Jaan_Tonisson_(Lasteleht), lk 307
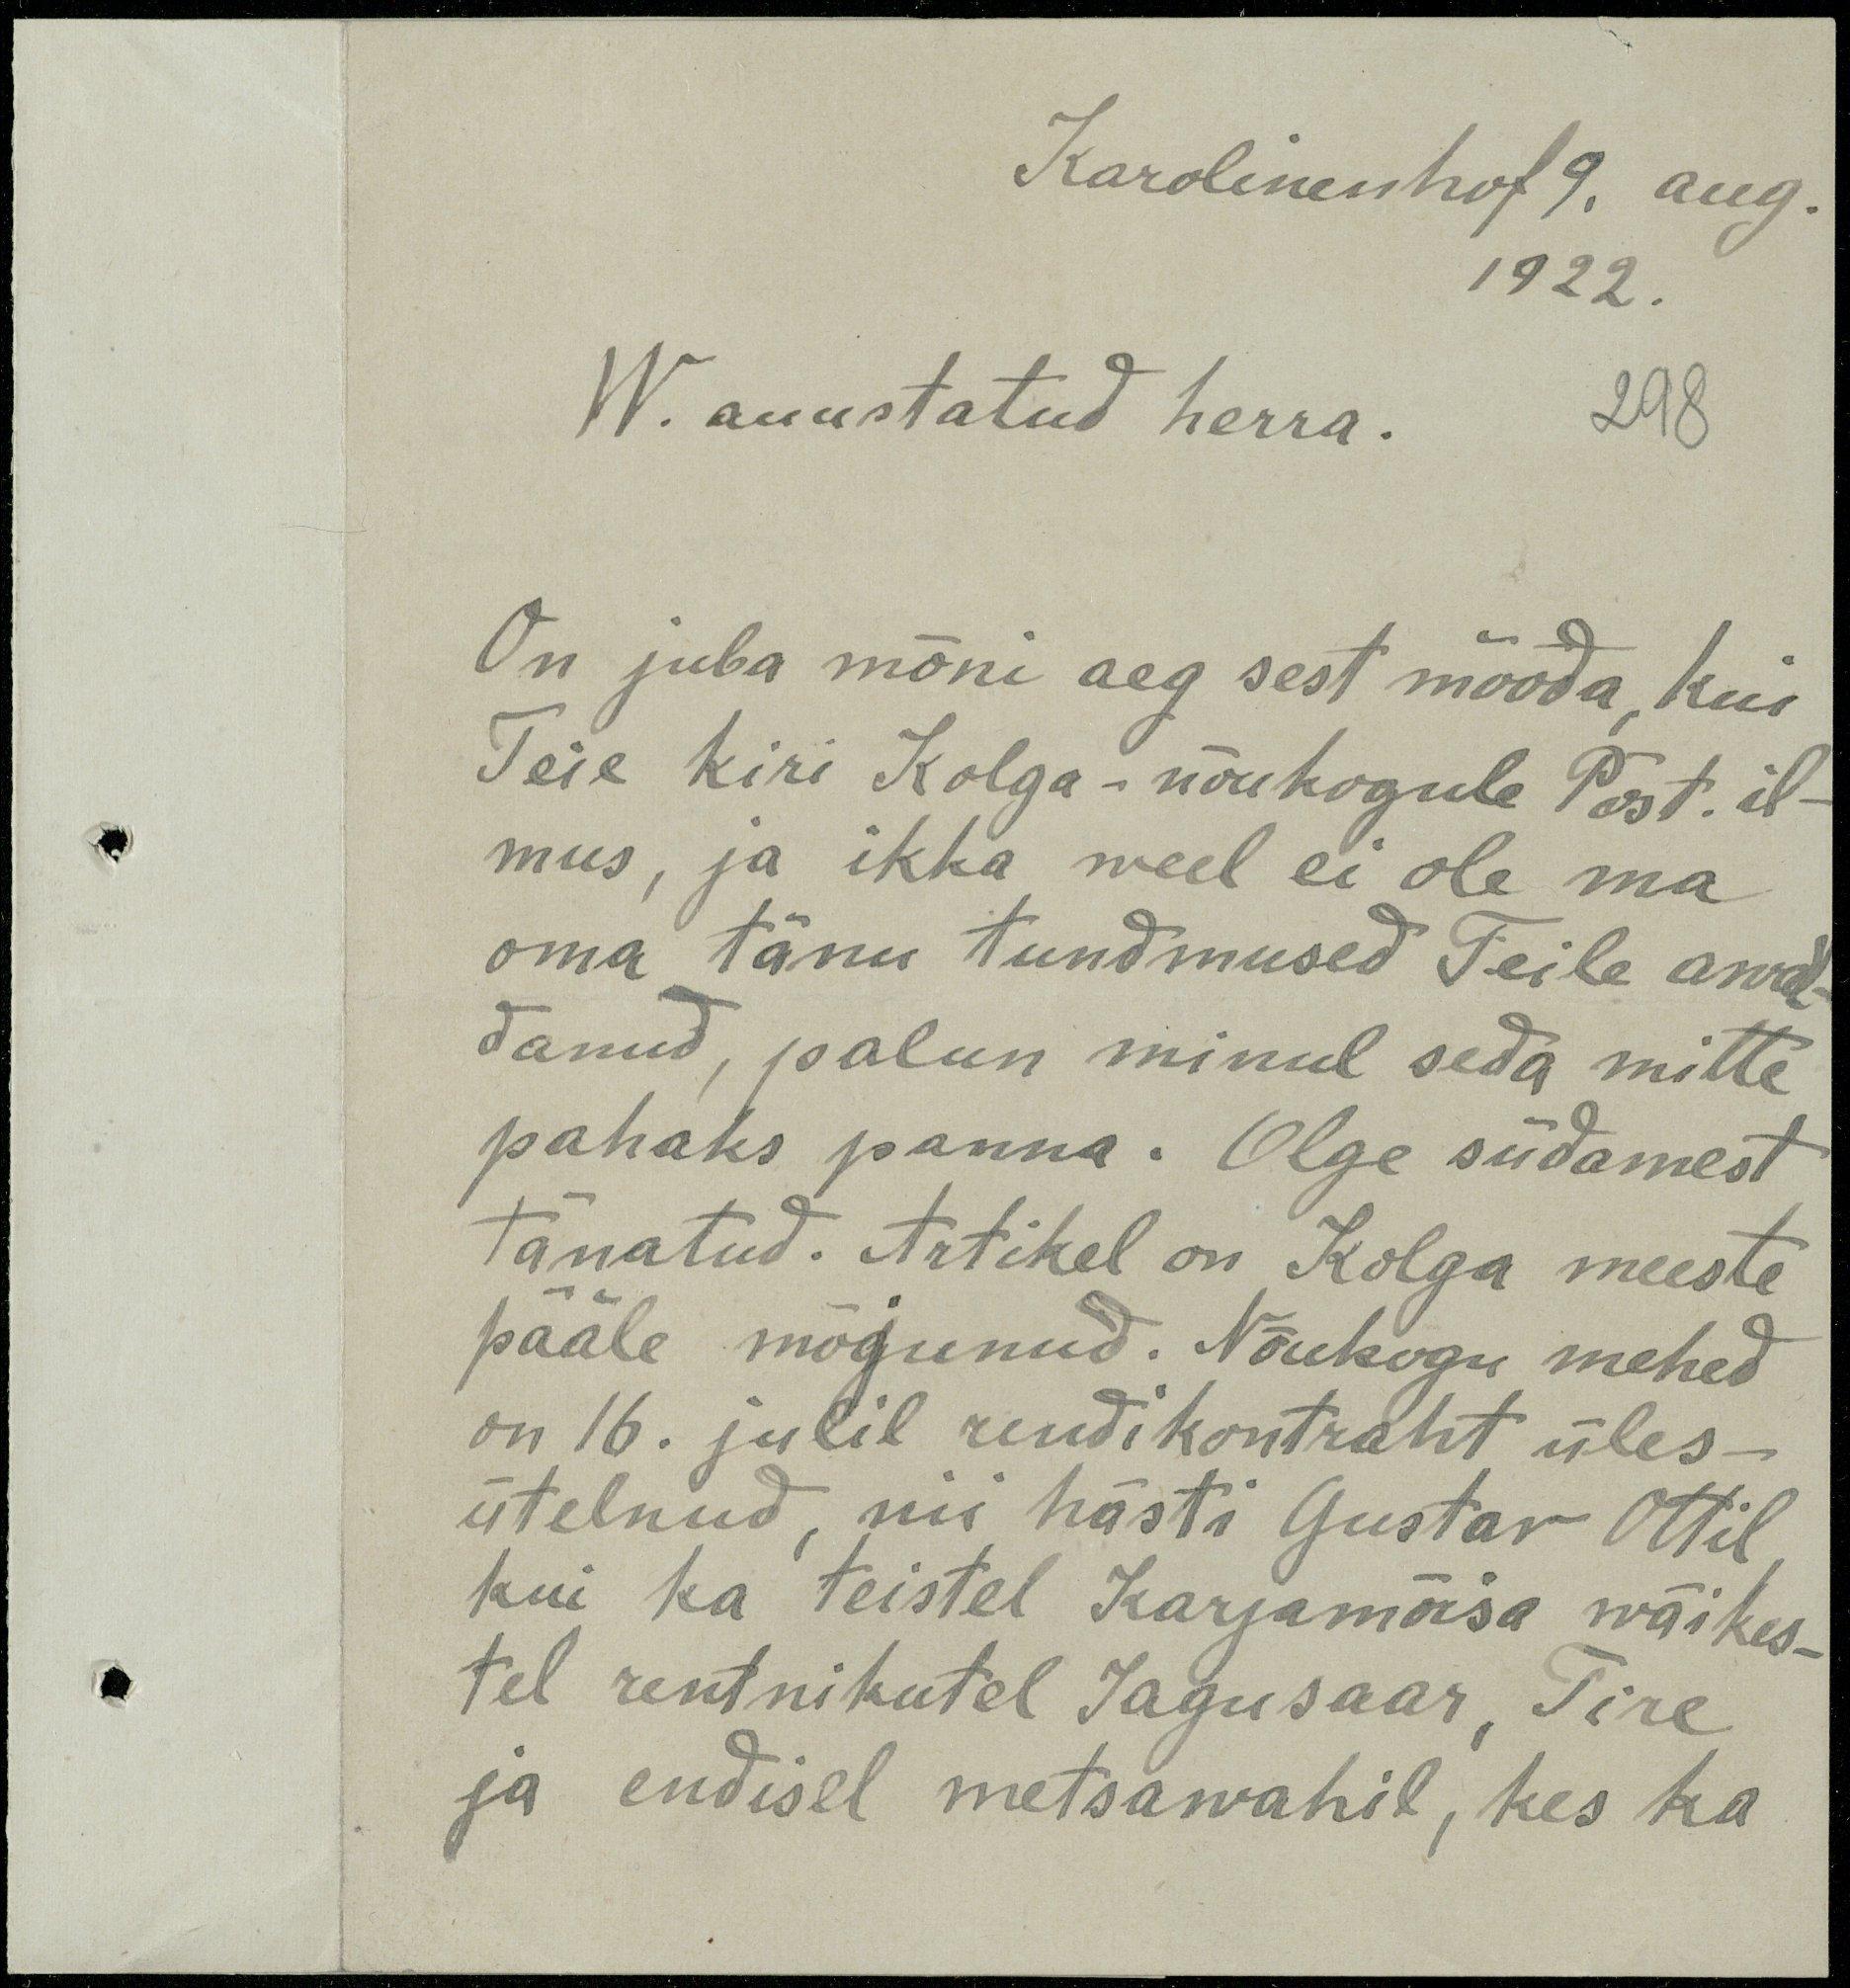
Karolinenhof 9, aug.
1922.
W. auustatud herra.
298
On juba mõni aeg sest mööda, kui
Teie kiri Kolga-nõukogule Post. il-
mus, ja ikka weel ei ole ma
oma tänu tundmused Teile awal-
danud, palun minul seda mitte
pahaks panna. Olge südamest
tänatud. Artikel on Kolga meeste
pääle mõjunud. Nõukogu mehed
on 16. julil rendikontraht üles-
ütelnud, nii hästi Gustav Ottil
kui ka teistel Karjamõisa wäikes-
tel rentnikutel Jagusaar, Tire
ja endisel metsawahil, kes ka